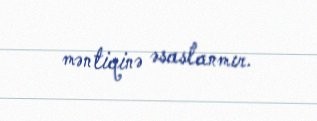
məntiqinə əsaslanmır.